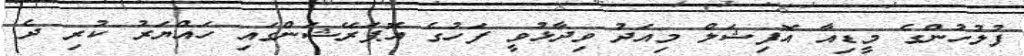
ފުލުހުންގެ މީޑިއާ އޮފިޝަލް މިއަދު ވިދާޅުވީ ފަހުގެ އޮޕަރޭޝަންގައި ހައްޔަރު ކުރި ދެ